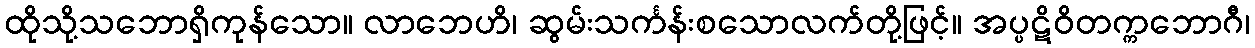
ထိုသို့သဘောရှိကုန်သော။ လာဘေဟိ၊ ဆွမ်းသင်္ကန်းစသောလက်တို့ဖြင့်။ အပ္ပဋိဝိတက္ကဘောဂီ၊